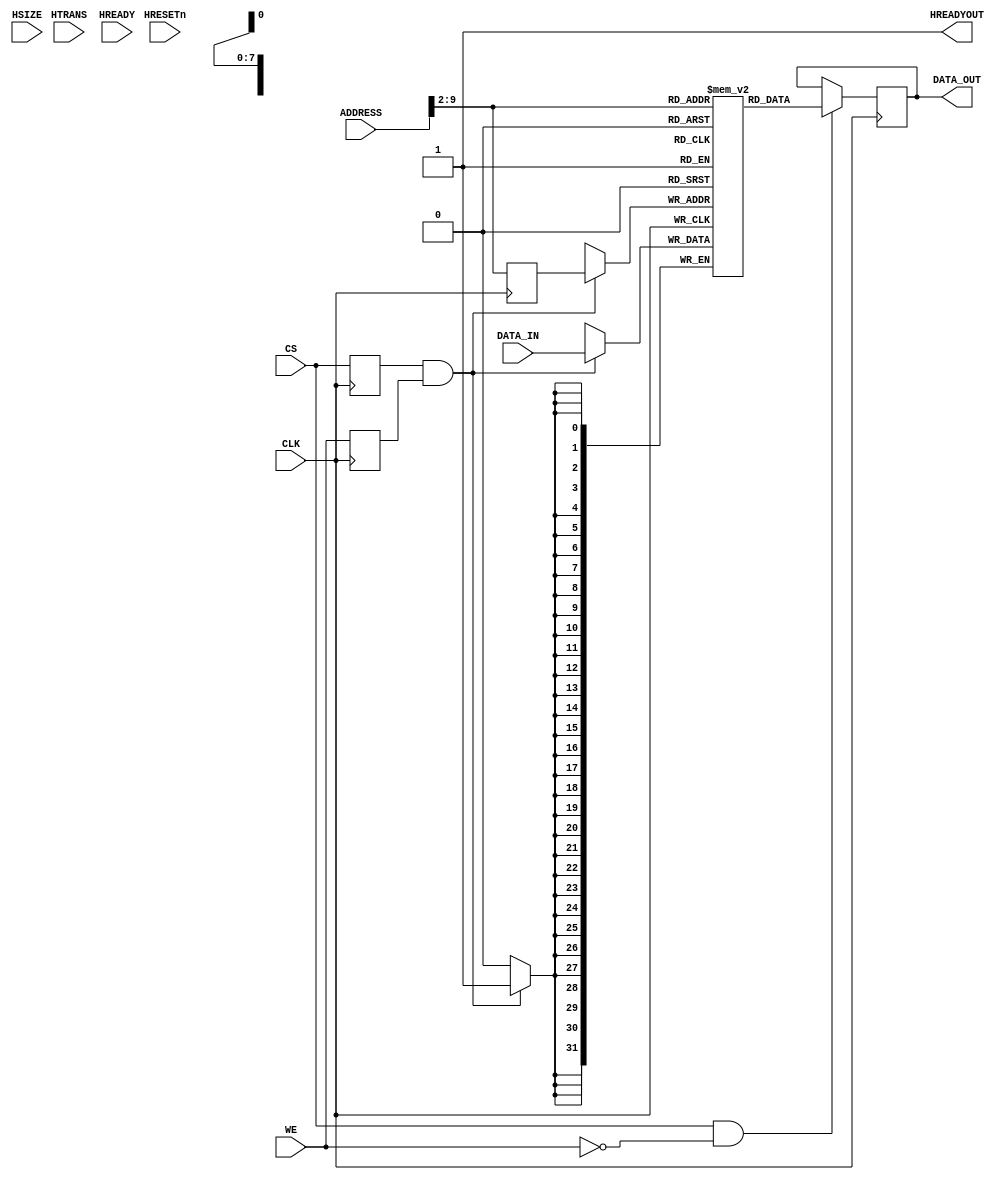
module AHBSINGLERAM(
 //AHB Signals
  input wire         CLK, //Clock Input
  input wire         HRESETn,
  input wire  [31:0] ADDRESS , // Address Input
  input wire  [1:0]  HTRANS,
  input wire  [31:0] DATA_IN,
  input wire         WE,  // Write Enable/Read Enable
  input wire         HREADY,
  input wire         HSIZE,
  
  output wire        HREADYOUT,
  output reg  [31:0] DATA_OUT,
  
  input wire         CS // Chip Select

//rd            // Output Enable
);

//parameter DATA_WIDTH = 8 ;
//parameter ADDR_WIDTH = 8 ;
//parameter RAM_DEPTH = 1 << ADDR_WIDTH;

wire [7:0] address = ADDRESS[9:2];
assign HREADYOUT = 1'b1; // Always ready

//--------------Internal variables---------------- 

reg [31:0] mem [0:255];
reg CS_Q,WE_Q;
reg [7:0] address_Q;
always @(posedge CLK)
begin
  CS_Q <= CS;
  WE_Q <= WE;
  address_Q <= address;
end

//--------------Code Starts Here------------------ 

// Tri-State Buffer control 
//assign data = (cs && rd) ? data_out : 8'bz; 

// Memory Write Block 
// Write Operation : When we = 1, cs = 1
always @ (posedge CLK)

   if ( CS_Q & WE_Q)
       mem[address_Q] = DATA_IN;

// Memory Read Block 
// Read Operation : When we = 0, oe = 1, cs = 1
always @(posedge CLK)
  if (CS & !WE) 
    DATA_OUT = mem[address];
	//assign out=DATA_OUT;
endmodule //